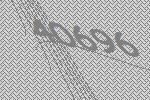
40696